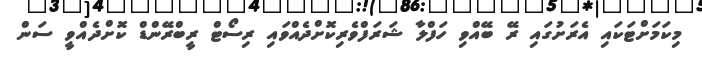
މިކަމަށްޓަކައި އެރަށުގައި ރޭ ބޭއްވި ހަފްލާ ޝަރަފްވެރިކޮށްދެއްވައި ރިސޯޓް ރީބްރޭންޑް ކޮށްދެއްވީ ސަން